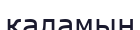
қаламың